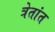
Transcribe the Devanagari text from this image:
त्रेतांत